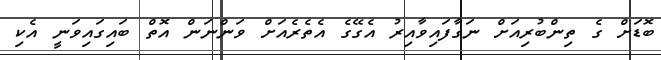
ބޮޑަށް ގެ ތިންބުރިއަށް ނަގާފައިވާއިރު އެގޭގެ އެތެރެއަށް ވަންނަން އޮތް ބައިގައިވަނީ އެކި